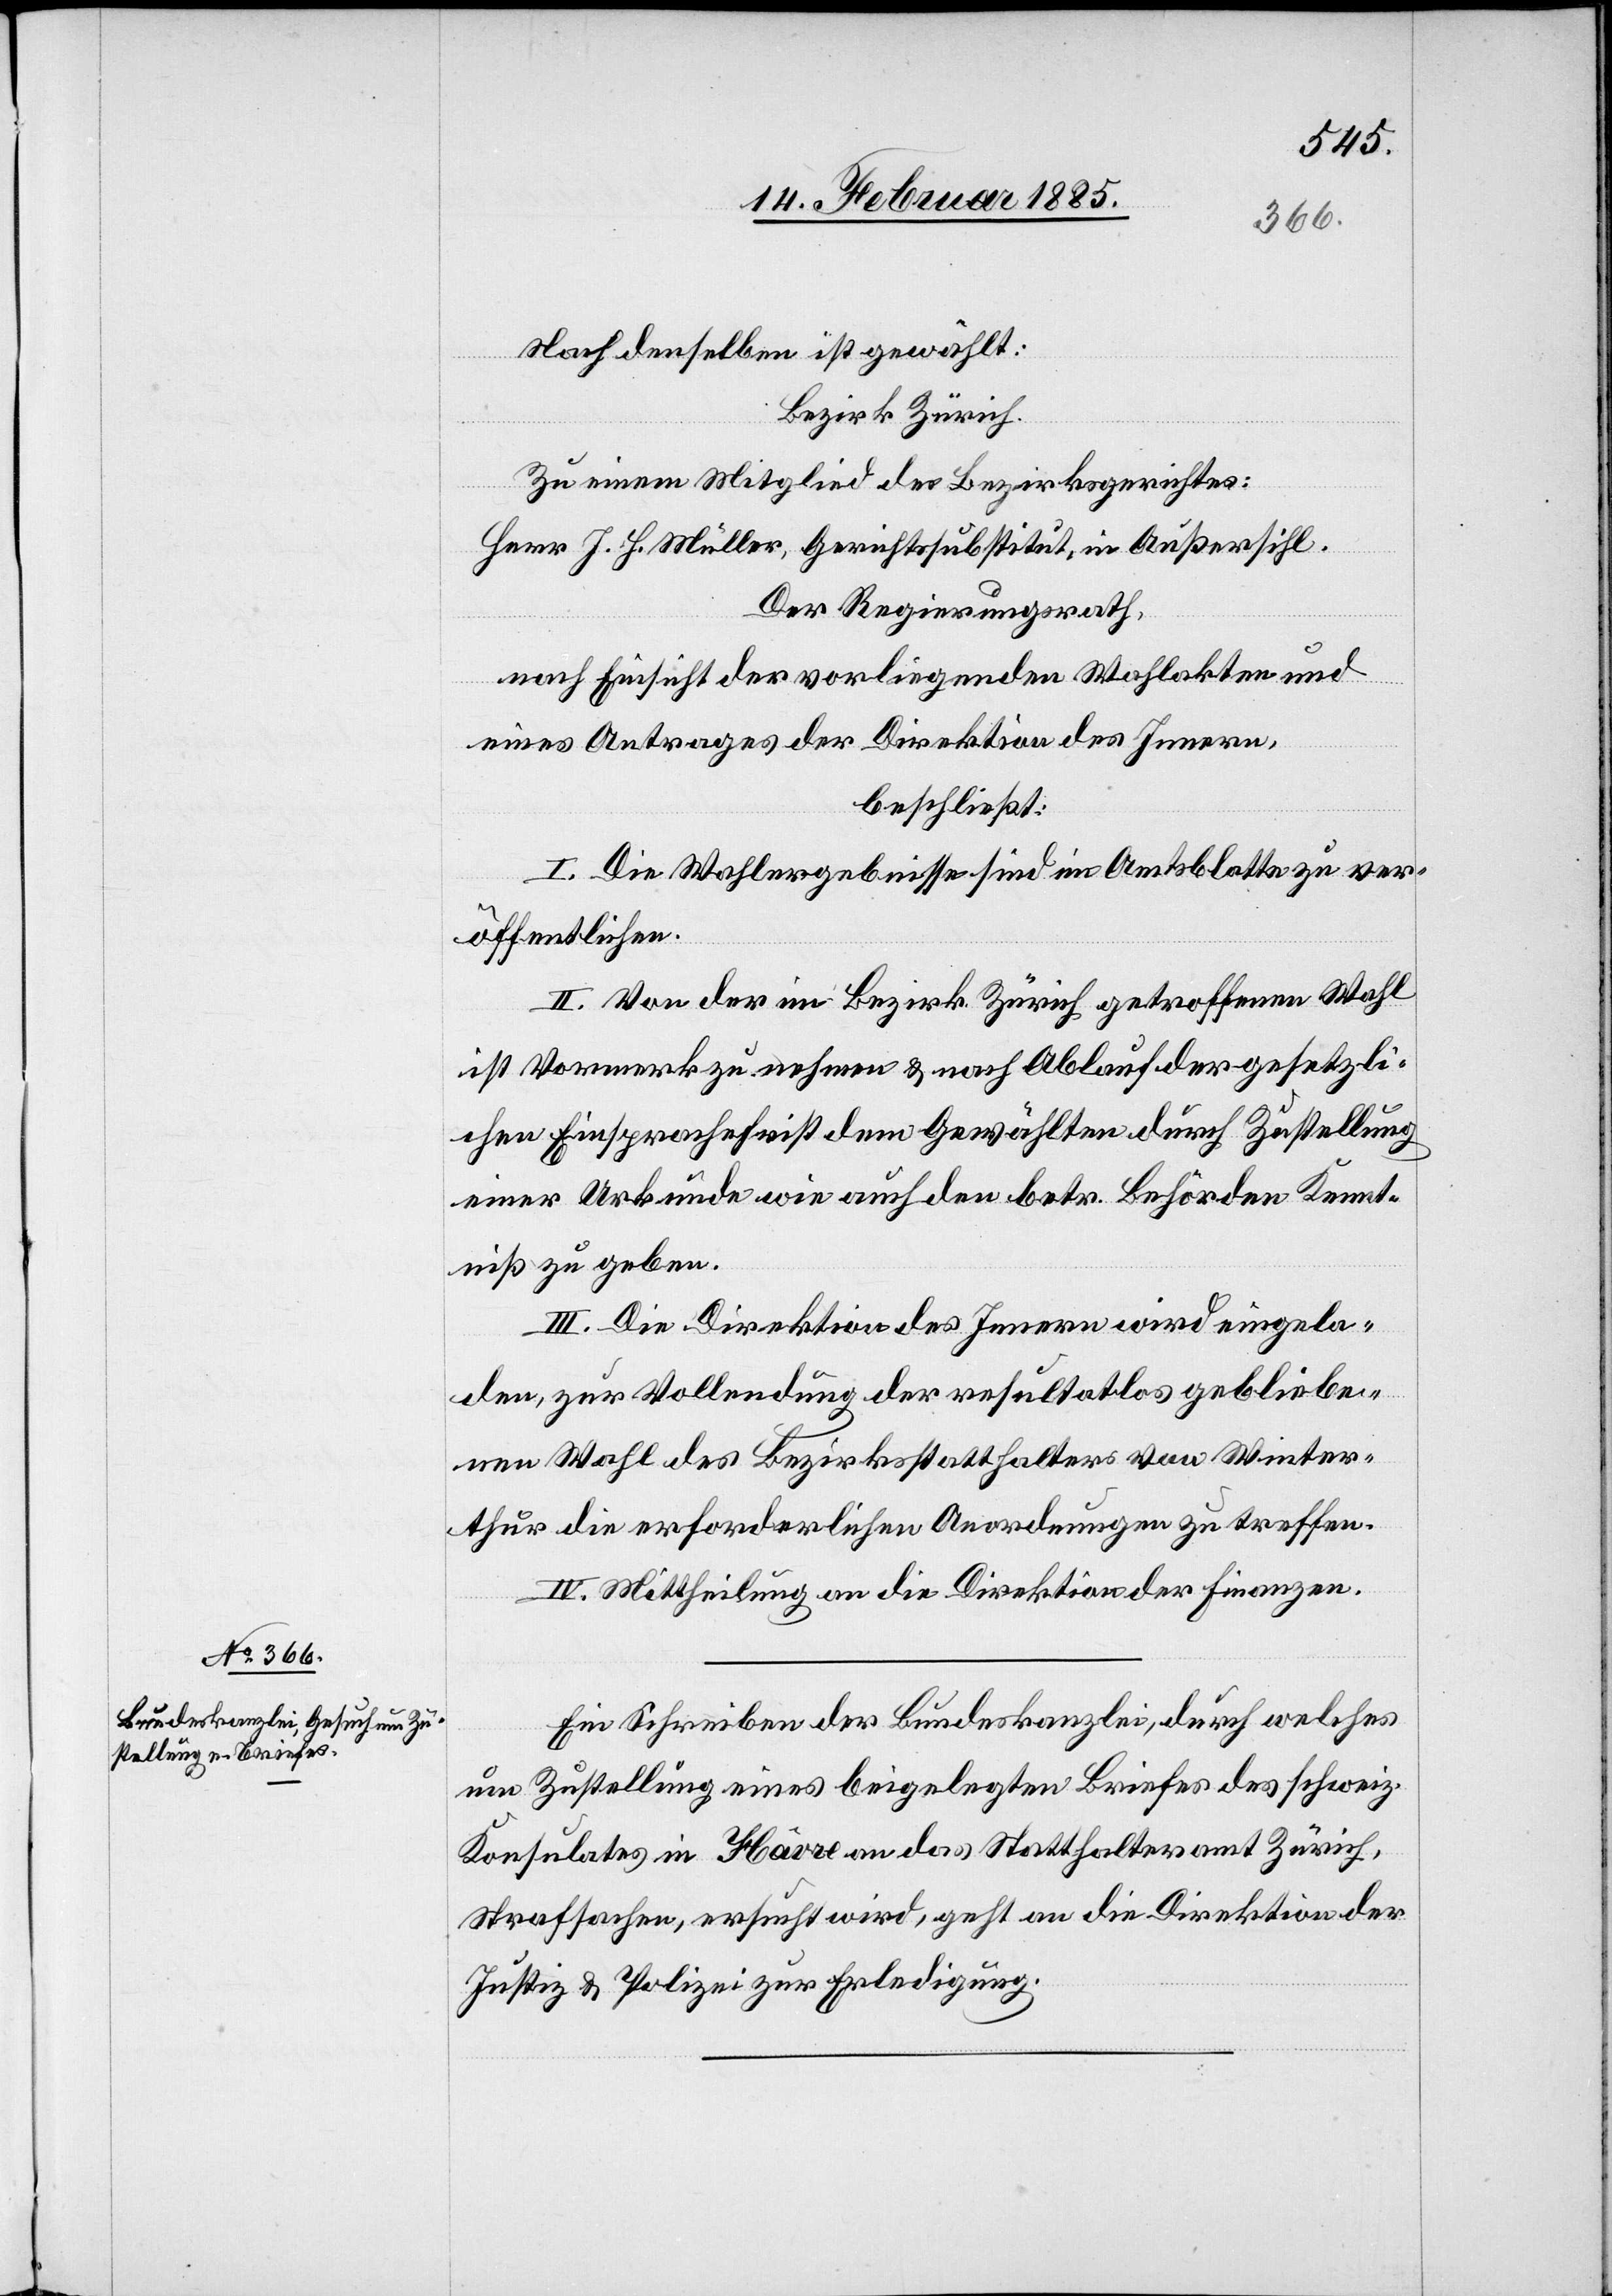
18. Februar 1885.]
Nach denselben ist gewählt:
Bezirk Zürich.
Zu einem Mitglied des Bezirksgerichtes:
Herr J. J. Müller, Gerichtssubstitut, in Außersihl.
Der Regierungsrath,
nach Einsicht der vorliegenden Wahlakten und
eines Antrages der Direktion des Innern,
beschließt:
I. Die Wahlergebnisse sind im Amtsblatte zu ver¬
öffentlichen.
II. Von der im Bezirk Zürich getroffenen Wahl
ist Vormerk zu nehmen & nach Ablauf der gesetzli¬
chen Einsprachefrist dem Gewählten durch Zustellung
einer Urkunde wie auch den betr. Behörden Kennt¬
niß zu geben.
III. Die Direktion des Innern wird eingela¬
den, zur Vollendung der resultatlos gebliebe¬
nen Wahl des Bezirkstatthalters von Winter¬
thur die erforderlichen Anordnungen zu treffen.
IV. Mittheilung an die Direktion der Finanzen.
Ein Schreiben der Bundeskanzlei, durch welches
um Zustellung eines beigelegten Briefes des schweiz.
Konsulates in Havre an das Statthalteramt Zürich,
Strafsachen, ersucht wird, geht an die Direktion der
Justiz & Polizei zur Erledigung.